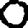
Digit: 0